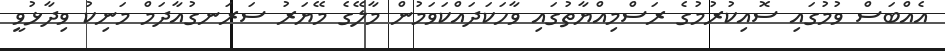
އެއްބަސް ވުމުގައި ސޮއިކުރުމުގެ ރަސްމިއްޔާތުގައި ވާހަކަދައްކަވަމުން މާލޭގެ މޭޔަރު ސަރަނގުއާދަމް މަނިކު ވިދާޅުވީ